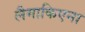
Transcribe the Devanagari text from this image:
लैमाकिएना